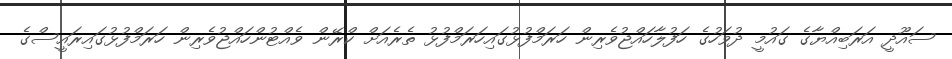
ސައޫދީ އަރަބިއްޔާގެ ގައުމީ ދުވަހުގެ ހަފުލާހައްޖުވެރިން ހަރަމްފުޅުގައިހަރަމްފުޅު ތެރެއަށް ކްރޭން ވެއްޓުންހައްޖުވެރިން ހަރަމްފުޅުގައިރައީސްގެ